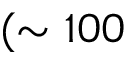
( \sim 1 0 0